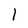
Character: l